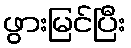
ဖွားမြင်ပြီး